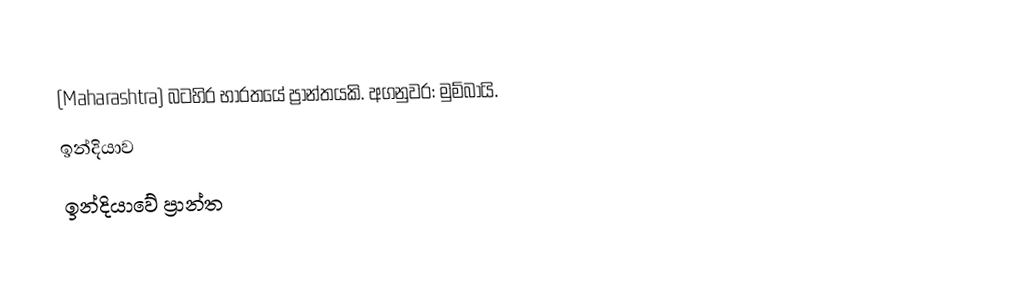
(Maharashtra) බටහිර භාරතයේ ප්‍රාන්තයකි. අගනුවර: මුම්බායි.
ඉන්දියාව
ඉන්දියාවේ ප්‍රාන්ත